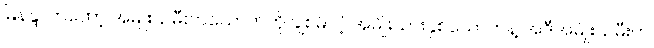
မြနန္ဒာကတော့ အမျိုးသမီးတယောက်ကို ချစ်မိတဲ့ အမျိုးသားနှစ်ယောက်နဲ့ အဲဒီအမျိုးသမီးက